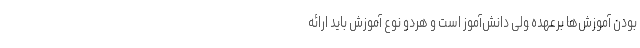
بودن آموزش‌ها برعهده ولی دانش‌آموز است و هردو نوع آموزش باید ارائه